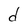
Character: d